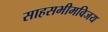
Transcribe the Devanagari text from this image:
साहसभीमविजय